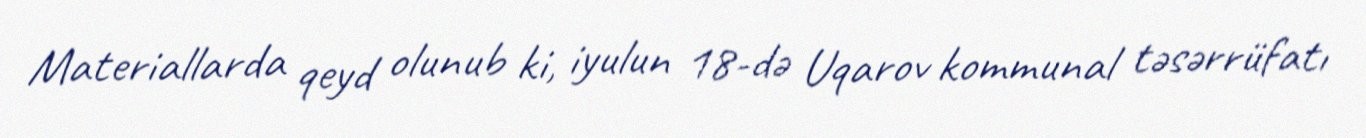
Materiallarda qeyd olunub ki, iyulun 18-də Uqarov kommunal təsərrüfatı